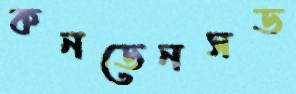
কনডেনসড